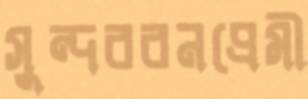
সুন্দরবনপ্রেমী